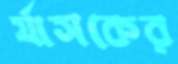
র‍্যাসকের